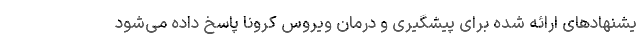
یشنهادهای ارائه شده برای پیشگیری و درمان ویروس کرونا پاسخ داده می‌شود